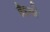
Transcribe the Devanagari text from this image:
हैहयो